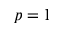
p = 1